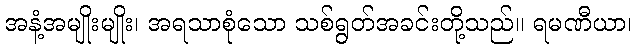
အနံ့အမျိုးမျိုး၊ အရသာစုံသော သစ်ရွတ်အခင်းတို့သည်။ ရမဏီယာ၊